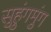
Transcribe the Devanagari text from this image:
सुहुंगमुंग